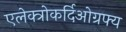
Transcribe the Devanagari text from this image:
एलेक्त्रोकर्दिओग्रफ्य